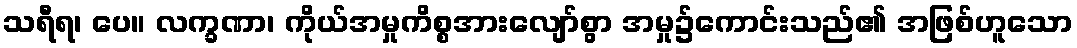
သရီရ၊ ပေ။ လက္ခဏာ၊ ကိုယ်အမှုကိစ္စအားလျော်စွာ အမှု၌ကောင်းသည်၏ အဖြစ်ဟူသော